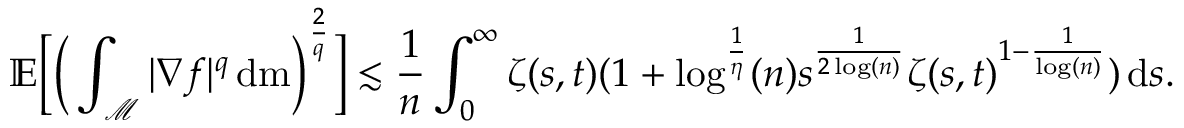
\mathbb { E } \bigg [ \Big ( \int _ { \mathcal { M } } \vert \nabla f \vert ^ { q } \, \mathrm { d } \mathrm { m } \Big ) ^ { \frac { 2 } { q } } \bigg ] \lesssim \frac { 1 } { n } \int _ { 0 } ^ { \infty } \zeta ( s , t ) ( 1 + \log ^ { \frac { 1 } { \eta } } ( n ) s ^ { \frac { 1 } { 2 \log ( n ) } } \zeta ( s , t ) ^ { 1 - \frac { 1 } { \log ( n ) } } ) \, \mathrm { d } s .